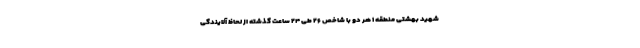
شهید بهشتی منطقه ۱ هر دو با شاخص ۲۶ طی ۲۴ ساعت گذشته از لحاظ آلایندگی